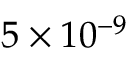
5 \times 1 0 ^ { - 9 }